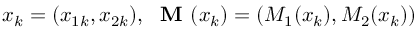
x _ { k } = ( x _ { 1 k } , x _ { 2 k } ) , \; \textbf { M } ( x _ { k } ) = ( M _ { 1 } ( x _ { k } ) , M _ { 2 } ( x _ { k } ) )